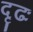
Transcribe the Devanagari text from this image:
दृढः